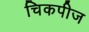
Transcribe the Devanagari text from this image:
चिकपीज